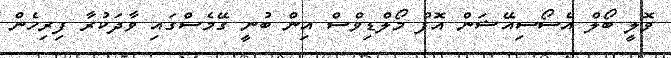
ވޮލީ ބޯލް އެސޯސިއޭޝަން އޮފް މޯލްޑިވްސް އިން ބުނީ ގޭމެސްގައި ވާދަކުރާ ފިރިހެން